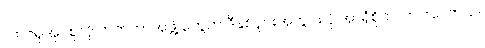
လာဇရုအုပ်စုလို ဟက်ကာအဖွဲ့ တွေက ဒီနှစ်ပိုင်းအတွင်း ပို အာရုံစိုက်လာကြပါတယ်။